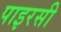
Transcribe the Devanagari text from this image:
पाइरसी